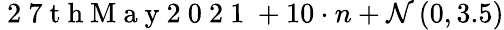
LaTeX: \mathrm{~2~7~t~h~M~a~y~2~0~2~1~}+10\cdot n+\mathcal{N}\left(0,3.5\right)